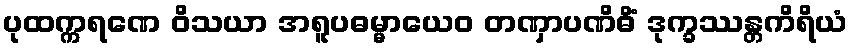
ပုထက္ကရဏေ ဝိသယာ အရူပဓမ္မာယေဝ တဏှာပဏိဓိံ ဒုက္ခဿန္တကိရိယံ